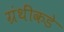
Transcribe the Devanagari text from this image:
ग्रंथींकडे